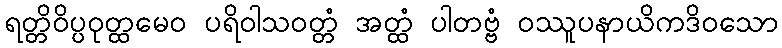
ရတ္တိဝိပ္ပဝုတ္ထမေဝ ပရိဝါသဝတ္တံ အတ္ထံ ပါတဗ္ဗံ ဝဿူပနာယိကဒိဝသော